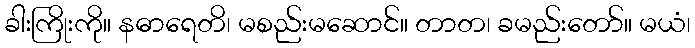
ခါးကြိုးကို။ နဓာရေတိ၊ မစည်းမဆောင်။ တာတ၊ ခမည်းတော်။ မယံ၊